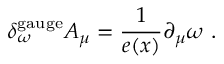
\delta _ { \omega } ^ { \mathrm { g a u g e } } A _ { \mu } = \frac 1 { e ( x ) } \partial _ { \mu } \omega \ .